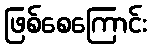
ဖြစ်စေကြောင်း